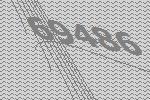
69486